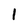
Character: 1